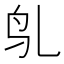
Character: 𬷻